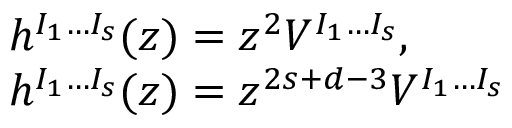
\begin{array} { l } { { h ^ { I _ { 1 } \ldots I _ { s } } ( z ) = z ^ { 2 } V ^ { I _ { 1 } \ldots I _ { s } } , \; \; } } \\ { { h ^ { I _ { 1 } \ldots I _ { s } } ( z ) = z ^ { 2 s + d - 3 } V ^ { I _ { 1 } \ldots I _ { s } } } } \end{array}